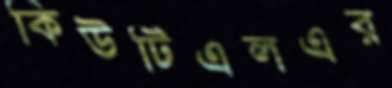
কিউটিএলএর